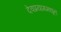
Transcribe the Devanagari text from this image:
देवप्रयागमधून